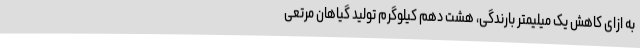
به ازای کاهش یک میلیمتر بارندگی، هشت دهم کیلوگرم تولید گیاهان مرتعی